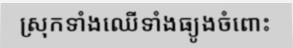
ស្រុកទាំងឈើទាំងធ្យូងចំពោះ